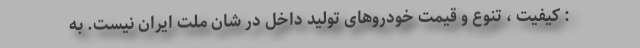
: کیفیت ، تنوع و قیمت خودروهای تولید داخل در شان ملت ایران نیست. به